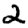
Digit: 2